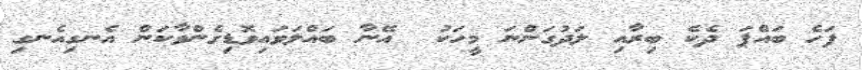
ފަހެ ބައްޕަ ދެކެ ބިރާއި ލަދުގަންނަ މީހަކު  އޭނާ ބައްލަވައިވޮޑިގެންވާކަން އެނގިއެނގި